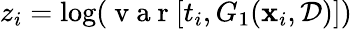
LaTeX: z_{i}=\log(\mathrm{~v~a~r~}[t_{i},G_{1}(\textbf{x}_{i},\mathcal{D})])